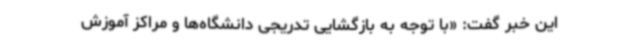
این خبر گفت: «با توجه به بازگشایی تدریجی دانشگاه‌ها و مراکز آموزش